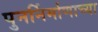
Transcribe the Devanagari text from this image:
पुनर्निर्माणाच्या